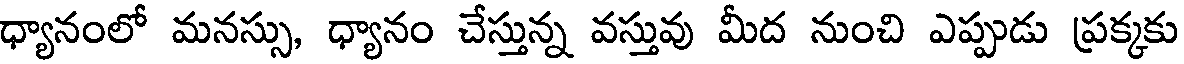
ధ్యానంలో మనస్సు, ధ్యానం చేస్తున్న వస్తువు మీద నుంచి ఎప్పుడు ప్రక్కకు